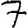
Digit: 7